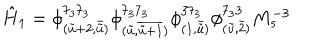
\hat { H } _ { 1 } = \phi _ { ( \tilde { u } + 2 , \bar { \tilde { u } } ) } ^ { 7 _ { 3 } 7 _ { 3 } } \phi _ { ( \tilde { u } , \overline { { { \tilde { u } + 1 } } } ) } ^ { 7 _ { 3 } 7 _ { 3 } } \phi _ { ( 1 , \bar { \tilde { u } } ) } ^ { 3 7 _ { 3 } } \phi _ { ( \tilde { u } , \bar { 2 } ) } ^ { 7 _ { 3 } 3 } M _ { s } ^ { - 3 }